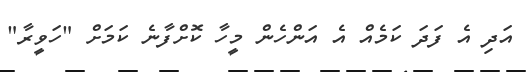
އަދި އެ ފަދަ ކަމެއް އެ އަންހެން މީހާ ކޮށްފާނެ ކަމަށް "ހަވީރާ"